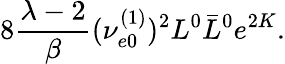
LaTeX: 8\frac{\lambda-2}{\beta}(\nu_{e0}^{(1)})^{2}L^{0}\bar{L}^{0}e^{2K}.